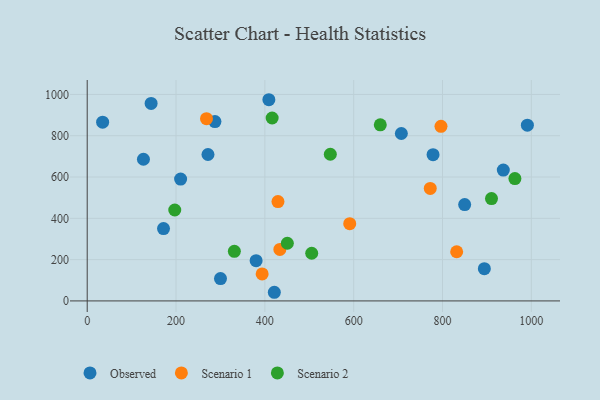
{"axis": {"x": "Distance", "y": "Salary"}, "legend": ["Observed", "Scenario 1", "Scenario 2"], "data": [{"x": "126.6", "y": 686.0, "type": "Observed"}, {"x": "894.2", "y": 156.0, "type": "Observed"}, {"x": "707.3", "y": 810.7, "type": "Observed"}, {"x": "143.9", "y": 956.4, "type": "Observed"}, {"x": "991.1", "y": 851.0, "type": "Observed"}, {"x": "34.7", "y": 865.5, "type": "Observed"}, {"x": "778.7", "y": 708.2, "type": "Observed"}, {"x": "210.3", "y": 590.3, "type": "Observed"}, {"x": "936.9", "y": 633.9, "type": "Observed"}, {"x": "421.3", "y": 41.8, "type": "Observed"}, {"x": "287.6", "y": 868.7, "type": "Observed"}, {"x": "380.3", "y": 194.8, "type": "Observed"}, {"x": "409.0", "y": 974.4, "type": "Observed"}, {"x": "300.1", "y": 108.0, "type": "Observed"}, {"x": "171.8", "y": 350.1, "type": "Observed"}, {"x": "271.9", "y": 709.1, "type": "Observed"}, {"x": "849.9", "y": 466.6, "type": "Observed"}, {"x": "268.6", "y": 882.5, "type": "Scenario 1"}, {"x": "772.4", "y": 544.6, "type": "Scenario 1"}, {"x": "429.5", "y": 481.1, "type": "Scenario 1"}, {"x": "433.8", "y": 249.4, "type": "Scenario 1"}, {"x": "796.6", "y": 845.8, "type": "Scenario 1"}, {"x": "393.9", "y": 130.7, "type": "Scenario 1"}, {"x": "591.1", "y": 374.3, "type": "Scenario 1"}, {"x": "831.9", "y": 238.0, "type": "Scenario 1"}, {"x": "963.0", "y": 592.3, "type": "Scenario 2"}, {"x": "416.4", "y": 885.9, "type": "Scenario 2"}, {"x": "547.4", "y": 710.2, "type": "Scenario 2"}, {"x": "910.3", "y": 495.8, "type": "Scenario 2"}, {"x": "331.3", "y": 240.1, "type": "Scenario 2"}, {"x": "505.5", "y": 230.8, "type": "Scenario 2"}, {"x": "659.9", "y": 852.7, "type": "Scenario 2"}, {"x": "197.1", "y": 440.4, "type": "Scenario 2"}, {"x": "450.6", "y": 279.2, "type": "Scenario 2"}]}